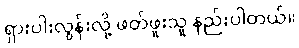
ရှားပါးလွန်းလို့ ဖတ်ဖူးသူ နည်းပါတယ်။